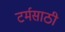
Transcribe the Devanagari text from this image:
टर्मसाठी